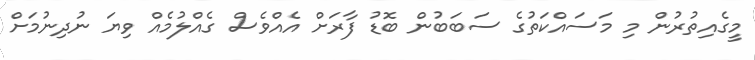
މީގެއިތުރުން މި މަސައްކަތުގެ ސަބަބުން ބޮޑު ފާރަށް އެއްވެސް ގެއްލުމެއް ވިޔަ ނުދިނުމަށް